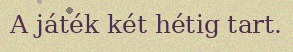
A játék két hétig tart.